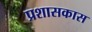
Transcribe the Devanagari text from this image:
प्रशासकास